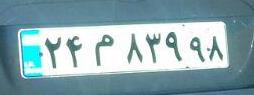
۲۴م۸۳۹۹۸